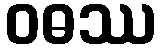
ဝဓဿ